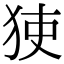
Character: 㹬